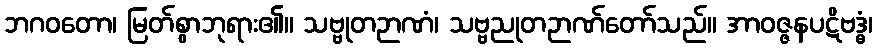
ဘဂဝတော၊ မြတ်စွာဘုရား၏။ သဗ္ဗုတဉာဏံ၊ သဗ္ဗညုတဉာဏ်တော်သည်။ အာဝဇ္ဇနပဋိဗဒ္ဓံ၊